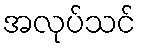
အလုပ်သင်